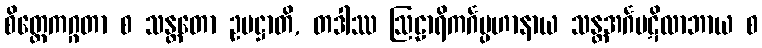
စိတ္တေကဂ္ဂတာ စ သန္တတော ဥပဋ္ဌာတိ, တဒါဿ ဩဠာရိကင်္ဂပ္ပဟာနာယ သန္တအင်္ဂပဋိလာဘာယ စ